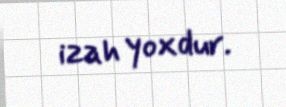
izah yoxdur.